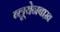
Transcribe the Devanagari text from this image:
ब्लूयेनबाख़